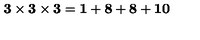
{ \bf 3 } \times { \bf 3 } \times { \bf 3 } = { \bf 1 } + { \bf 8 } + { \bf 8 } + { \bf 1 0 }